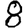
Digit: 8